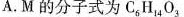
A.M的分子式为C_{6}H_{14}O_{3}